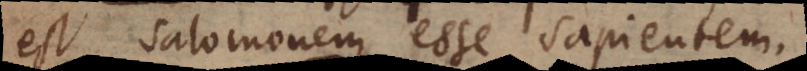
est Salomonem esse sapientem.